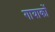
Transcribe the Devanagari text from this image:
गायाकों